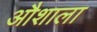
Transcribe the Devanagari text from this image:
औशाला